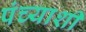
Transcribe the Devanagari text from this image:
पंच्याशी